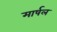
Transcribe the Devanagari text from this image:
मार्षल